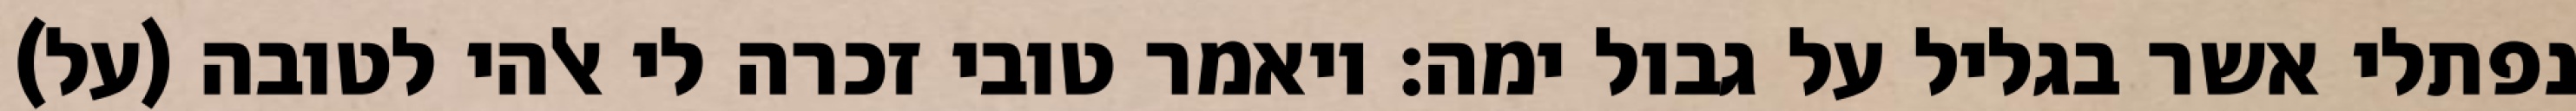
נפתלי אשר בגליל על גבול ימה: ויאמר טובי זכרה לי אלהי לטובה (על)